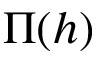
\Pi ( h )